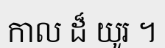
កាល ដ៏ យូរ ។